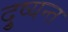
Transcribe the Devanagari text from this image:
दु्ष्यन्त